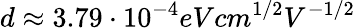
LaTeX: d\approx 3.79\cdot 10^{-4}eV{cm}^{1/2}{V}^{-1/2}